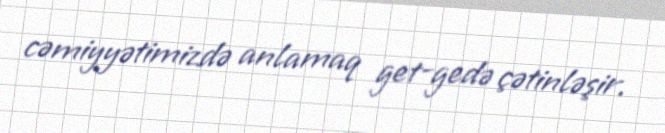
cəmiyyətimizdə anlamaq get-gedə çətinləşir.